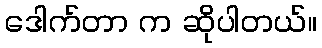
ဒေါက်တာ က ဆိုပါတယ်။